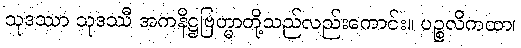
သုဒဿာ သုဒဿီ အကနိဋ္ဌဗြဟ္မာတို့သည်လည်းကောင်း။ ပဉ္စလိကထာ၊